Indian journal of veterinary science and animal husbandry - Volumes 15-17, 1948-1951
Year: 1948
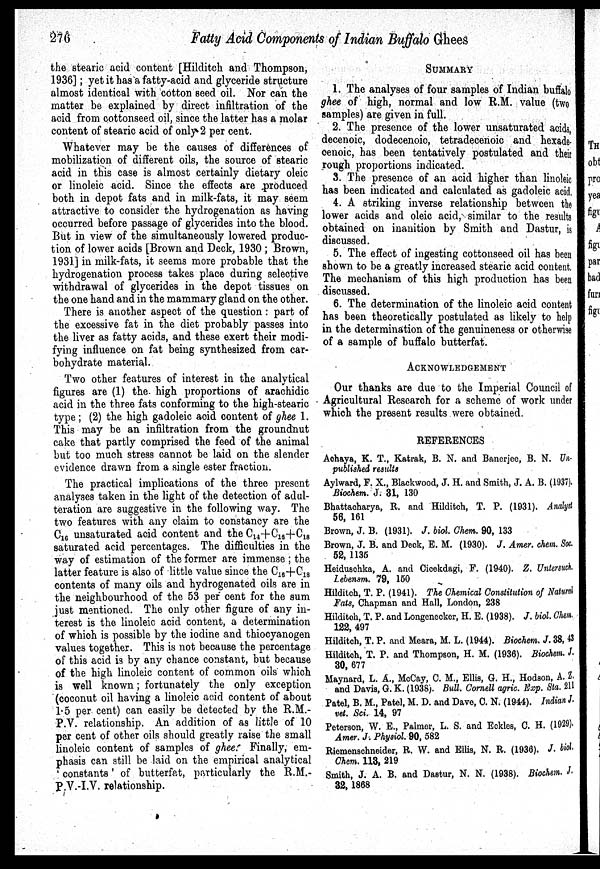
276
Fatty Acid Components of Indian Buffalo Ghees
the stearic acid content [Hilditch and Thompson,
1936]; yet it has a fatty-acid and glyceride structure
almost identical with cotton seed oil. Nor can the
matter be explained by direct infiltration of the
acid from cottonseed oil, since the latter has a molar
content of stearic acid of only 2 per cent.
Whatever may be the causes of differences of
mobilization of different oils, the source of stearic
acid in this case is almost certainly dietary oleic
or linoleic acid. Since the effects are produced
both in depot fats and in milk-fats, it may seem
attractive to consider the hydrogenation as having
occurred before passage of glycerides into the blood.
But in view of the simultaneously lowered produc-
tion of lower acids [Brown and Deck, 1930; Brown,
1931] in milk-fats, it seems more probable that the
hydrogenation process takes place during selective
withdrawal of glycerides in the depot tissues on
the one hand and in the mammary gland on the other.
There is another aspect of the question: part of
the excessive fat in the diet probably passes into
the liver as fatty acids, and these exert their modi-
fying influence on fat being synthesized from car-
bohydrate material.
Two other features of interest in the analytical
figures are (1) the high proportions of arachidic
acid in the three fats conforming to the high-stearic
type; (2) the high gadoleic acid content of ghee 1.
This may be an infiltration from the groundnut
cake that partly comprised the feed of the animal
but too much stress cannot be laid on the slender
evidence drawn from a single ester fraction.
The practical implications of the three present
analyses taken in the light of the detection of adul-
teration are suggestive in the following way. The
two features with any claim to constancy are the
C 16 unsaturated acid content and the C 14 +C 16 +C 18
saturated acid percentages. The difficulties in the
way of estimation of the former are immense; the
latter feature is also of little value since the C 16 +C 18
contents of many oils and hydrogenated oils are in
the neighbourhood of the 53 per cent for the sum
just mentioned. The only other figure of any in-
terest is the linoleic acid content, a determination
of which is possible by the iodine and thiocyanogen
values together. This is not because the percentage
of this acid is by any chance constant, but because
of the high linoleic content of common oils which
is well known; fortunately the only exception
(coconut oil having a linoleic acid content of about
1.5 per cent) can easily be detected by the R.M.-
P.V. relationship. An addition of as little of 10
per cent of other oils should greatly raise the small
linoleic content of samples of ghee. Finally, em-
phasis can still be laid on the empirical analytical
'constants' of butterfat, particularly the R.M.-
P.V.-I.V. relationship.
SUMMARY
1. The analyses of four samples of Indian buffalo
ghee of high, normal and low R.M. value (two
samples) are given in full.
2. The presence of the lower unsaturated acids,
decenoic, dodecenoic, tetradecenoic and hexade-
cenoic, has been tentatively postulated and their
rough proportions indicated.
3. The presence of an acid higher than linoleic
has been indicated and calculated as gadoleic acid.
4. A striking inverse relationship between the
lower acids and oleic acid, similar to the results
obtained on inanition by Smith and Dastur, is
discussed.
5. The effect of ingesting cottonseed oil has been
shown to be a greatly increased stearic acid content,
The mechanism of this high production has been
discussed.
6. The determination of the linoleic acid content
has been theoretically postulated as likely to help
in the determination of the genuineness or otherwise
of a sample of buffalo butterfat.
ACKNOWLEDGEMENT
Our thanks are due to the Imperial Council of
Agricultural Research for a scheme of work under
which the present results were obtained.
REFERENCES
Achaya, K. T., Katrak, B. N. and Banerjee, B. N. Un-
published results
Aylward, F. X., Blackwood, J. H. and Smith, J. A. B. (1937).
Biochem. J. 31, 130
Bhattacharya, R. and Hilditch, T. P. (1931). Analyst
56, 161
Brown, J. B. (1931). J. biol. Chem. 90, 133
Brown, J. B. and Deck, E. M. (1930). J. Amer. chem. Soc.
52, 1135
Heiduschka, A. and Cicekdagi, F. (1940). Z. Untersuch
Lebensm. 79, 150
Hilditch, T. P. (1941). The Chemical Constitution of Natural
Fats, Chapman and Hall, London, 238
Hilditch, T. P. and Longenecker, H. E. (1938). J. biol. Chem.
122, 497
Hilditch, T. P. and Meara, M. L. (1944). Biochem. J. 38, 43
Hilditch, T. P. and Thompson, H. M. (1936). Biochem. J.
30, 677
Maynard, L. A., McCay, C. M., Ellis, G. H., Hodson, A. Z.
and Davis, G. K. (1938). Bull. Cornell agric. Exp. Sta. 211
Patel, B. M., Patel, M. D. and Dave, C. N. (1944). Indian J.
vet. Sci. 14, 97
Peterson, W. E., Palmer, L. S. and Eckles, C. H. (1929).
Amer. J. Physiol. 90, 582
Riemenschneider, R. W. and Ellis, N. R. (1936). J. biol.
Chem. 113, 219
Smith, J. A. B. and Dastur, N. N. (1938). Biochem. J.
32, 1868